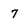
Character: 7